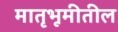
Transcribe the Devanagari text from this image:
मातृभूमीतील